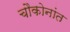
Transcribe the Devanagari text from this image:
चौकोनांत